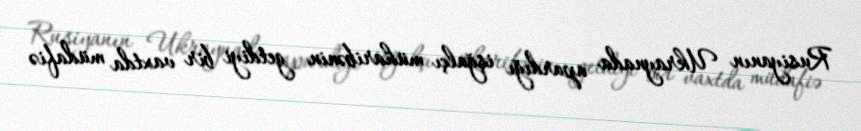
Rusiyanın Ukraynada apardığı işğalçı müharibənin getdiyi bir vaxtda müdafiə